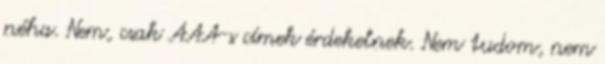
néha. Nem, csak AAA-s címek érdekelnek. Nem tudom, nem